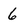
Character: 6